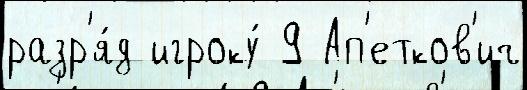
разр'я́д игроку́ 9 Ап'етков'ич